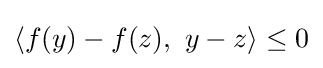
\langle f(y)-f(z),\ y-z\rangle \leq 0